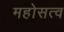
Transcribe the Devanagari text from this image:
महोसत्व